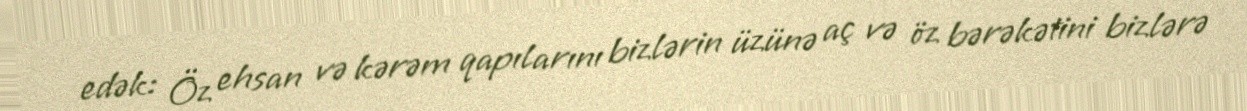
edək: Öz ehsan və kərəm qapılarını bizlərin üzünə aç və öz bərəkətini bizlərə